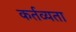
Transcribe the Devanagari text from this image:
कर्तव्यता